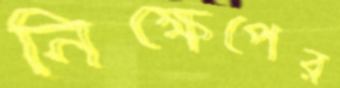
নিক্ষেপের